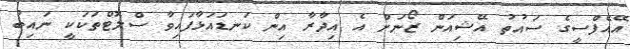
އޭއެފްސީގެ ސައުތު އޭޝިއަން ޒޯނަށް އެ އިދާރާ އިން ކަނޑައަޅާފައިވާ ސްލޮޓްތަކަކީ ނައިބު